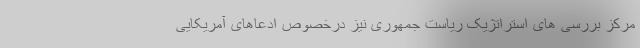
مرکز بررسی های استراتژیک ریاست جمهوری نیز درخصوص ادعاهای آمریکایی